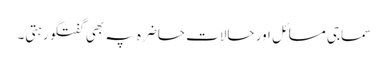
سماجی مسائل اور حالات حاضرہ پہ بھی گفتگو رہتی۔